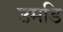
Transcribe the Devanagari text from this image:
उमडि